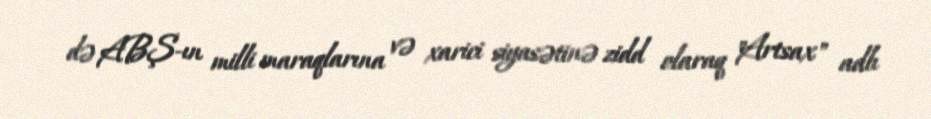
də ABŞ-ın milli maraqlarına və xarici siyasətinə zidd olaraq "Artsax" adlı